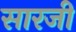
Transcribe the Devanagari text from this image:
सारजी